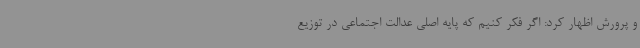
و پرورش اظهار کرد: اگر فکر کنیم که پایه اصلی عدالت اجتماعی در توزیع